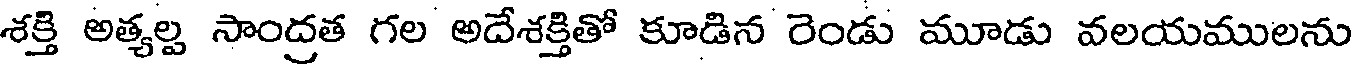
శక్తి అత్యల్ప సాంద్రత గల అదేశక్తితో కూడిన రెండు మూడు వలయములను